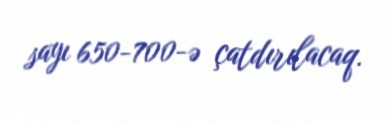
sayı 650-700-ə çatdırılacaq.